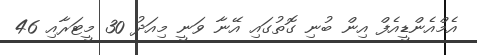
އެމްއެންޑީއެފް އިން ބުނި ގޮތުގައި އޭނާ ވަނީ މިއަދު 30 މީޓަރާއި 46